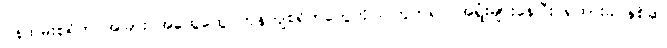
၀န်ထမ်းစရိတ် အခြား အထွေထွေ ကုန်ကျစရိတ်တွေကိုပါ တွက်ရင် အရှုံးများနေပြီး ရထားခ နှစ်ဆ